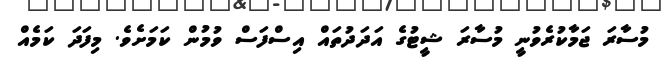
މުސާރަ ޖަމާކުރެވުނީ މުސާރަ ޝީޓުގެ އަދަދުތައް އިސްފަސް ވުމުން ކަމަށެވެ. މިފަދަ ކަމެއް